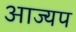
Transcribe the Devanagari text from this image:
आज्यप